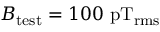
B _ { \mathrm { t e s t } } = 1 0 0 ~ \mathrm { p T _ { r m s } }